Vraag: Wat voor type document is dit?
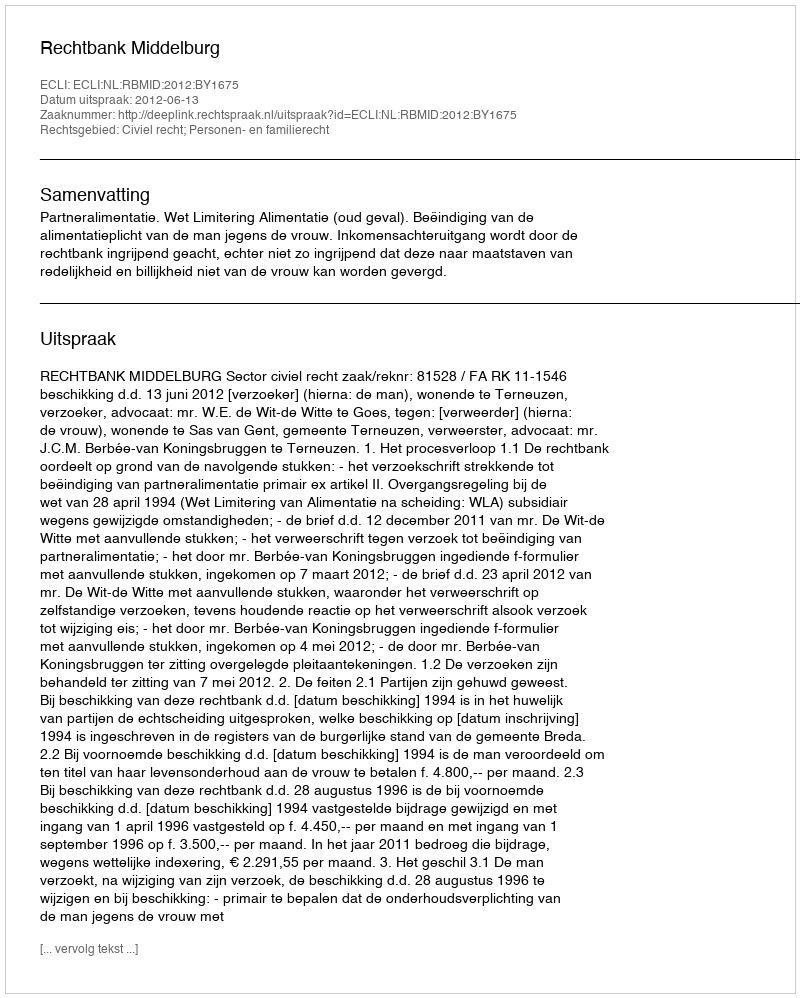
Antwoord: Uitspraak